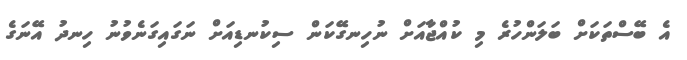
އެ ބޭސްތަކަށް ބަލަންހުރެ މި ކުއްޖާއަށް ނުހިނގޭކަން ސިކުނޑިއަށް ނަގައިގަނެވުނު ހިނދު އޭނަގެ